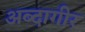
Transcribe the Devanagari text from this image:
अब्दागीर